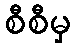
စီစီမှ